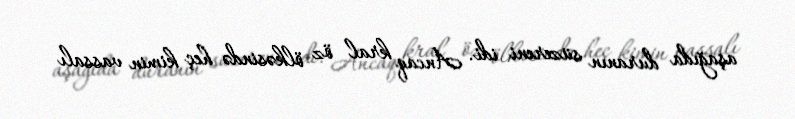
aşağıda duranın süzereni idi. Ancaq kral öz ölkəsində heç kimin vassalı